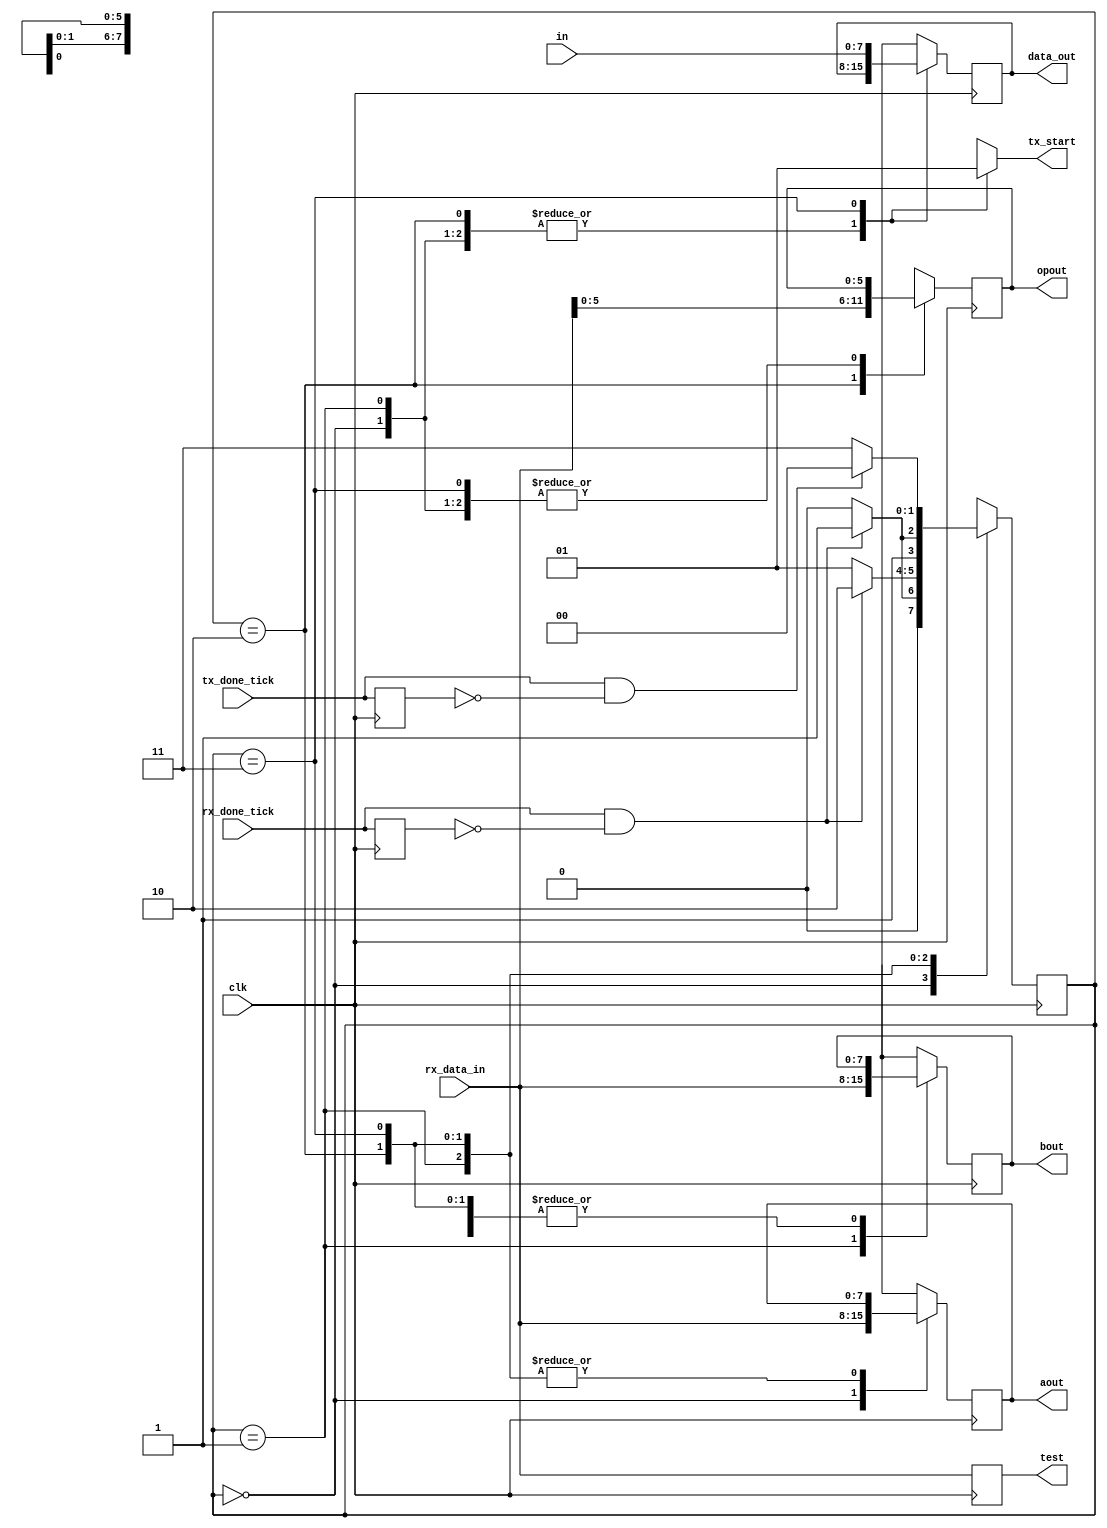
module INTERFACE
#(
	parameter NBIT_DATA_LEN = 8, 		// buffer bits 
	parameter NBIT_OP_LEN   = 6  		// op bits 
) 
( 
	input [NBIT_DATA_LEN-1:0] in,    // Resultado de la ALU para pasarlo al TX 
	input clk,								// necesario para cambiar de estados
 	input rx_done_tick,  			  	// fin de recepcion
	input tx_done_tick,					// recibe la confirmacion desde UART que se termino de transimitir
 	input [NBIT_DATA_LEN-1:0] rx_data_in,  	// Dato del RX recibido

	// registros para escribir en la ALU
 	output reg [NBIT_DATA_LEN-1 : 0] aout,
	output reg [NBIT_DATA_LEN-1 : 0] bout,
	output reg [NBIT_OP_LEN-1   : 0] opout,
	
	// LA INTERFAZ le tiene que avisar a TX cuando empezar
	output reg tx_start = 0,				

	// para escribir en TX
 	output reg [NBIT_DATA_LEN-1:0] data_out,

	// para testear MIPS

	output [NBIT_DATA_LEN-1:0]test
); 

	// estados 
	localparam	[1:0] receive_A 	= 2'b 00;
	localparam	[1:0] receive_B	= 2'b 01;
	localparam	[1:0] receive_Op	= 2'b 10;
	localparam	[1:0] send_result	= 2'b 11;
	
	// registros internos
	reg [1:0] state = receive_A;
	reg [1:0] state_next = receive_A;
	reg reg_tx_done_tick;
	reg reg_rx_done_tick;
	
	reg [NBIT_DATA_LEN-1:0] reg_aout_next;
	reg [NBIT_DATA_LEN-1:0] reg_bout_next;
	reg [NBIT_OP_LEN-1  :0] reg_opout_next;
	reg [NBIT_DATA_LEN-1:0] reg_data_out_next;
	
	//para probar MIPS

	//assign test = rx_data_in;

	/* Logica de actualizacion de registros
	   (pasa lo que hay en la entrada a los reg)
		en cada pulso de clock.
	*/
	always @(posedge clk)
	begin
		reg_rx_done_tick <= rx_done_tick;
		reg_tx_done_tick <= tx_done_tick;
		state <= state_next;
		
		aout <= reg_aout_next;
		bout <= reg_bout_next;
		opout <= reg_opout_next;
		data_out <= reg_data_out_next;
		test <= rx_data_in;
	end
	
	/* Logica de actualizacion de estados.
		Actualiza si detecta un flanco ascendente en rx_done
		o en tx_done en el caso de send_result
	*/
	always @(*)
	begin
		
		case(state)
		
			receive_A:
				begin
					if((rx_done_tick == 1) && (reg_rx_done_tick == 0))
					begin
						state_next = receive_B;
					end
					else
					begin
						state_next = receive_A;
					end
				end
		
			receive_B:
				begin
					if((rx_done_tick == 1) && (reg_rx_done_tick == 0))
					begin
						state_next = receive_Op;
					end
					else
					begin
						state_next = receive_B;
					end
				end
		
			receive_Op:
				begin
					if((rx_done_tick == 1) && (reg_rx_done_tick == 0))
					begin
						state_next = send_result;
					end
					else
					begin
						state_next = receive_Op;
					end
				end
				
			send_result:
				begin
					if((tx_done_tick == 1) && (reg_tx_done_tick == 0))
					begin
						state_next = receive_A;
					end
					else
					begin
						state_next = send_result;
					end
				end
		endcase
	end
	
	/* Logica de recepcion de datos de RX.
		(operandos, operador), y de envio de datos
		a TX (resultado).*/
	always @(*)
	begin

		case(state)
			
			receive_A:
			begin
				tx_start = 1'b0;
				reg_data_out_next = data_out;
				reg_aout_next = rx_data_in; // recibo A
				reg_bout_next = bout;
				reg_opout_next = opout;
			end
			
			receive_B:
			begin
				tx_start = 1'b0;
				reg_data_out_next = data_out;
				reg_aout_next = aout;
				reg_bout_next = rx_data_in; // recibo B
				reg_opout_next = opout;
			end
			
			receive_Op:
			begin
				tx_start = 1'b0;
				reg_data_out_next = data_out;
				reg_aout_next = aout;
				reg_bout_next = bout;
				reg_opout_next = rx_data_in; // recibo Op
			end
			
			send_result:
			begin
				tx_start = 1'b1;				  // habilito envio
				reg_data_out_next = in;		  // envio RESULT_OUT
				reg_aout_next = aout;
				reg_bout_next = bout;
				reg_opout_next = opout;
			end
	
		endcase
	end
endmodule